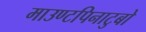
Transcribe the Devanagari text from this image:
माउण्टपिनाटुबो